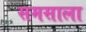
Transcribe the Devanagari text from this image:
समसाला